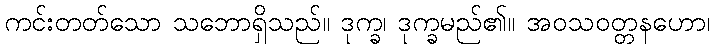
ကင်းတတ်သော သဘောရှိသည်။ ဒုက္ခ၊ ဒုက္ခမည်၏။ အဝသဝတ္တနဟော၊